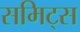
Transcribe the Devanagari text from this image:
समिट्स